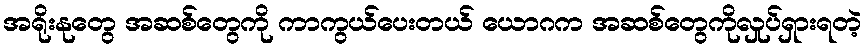
အရိုးနုတွေ အဆစ်တွေကို ကာကွယ်ပေးတယ် ယောဂက အဆစ်တွေကိုလှုပ်ရှားရတဲ့